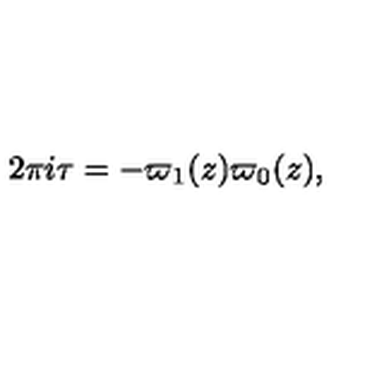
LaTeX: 2 \pi i \tau = - { \varpi _ { 1 } ( z ) \/ \varpi _ { 0 } ( z ) } ,